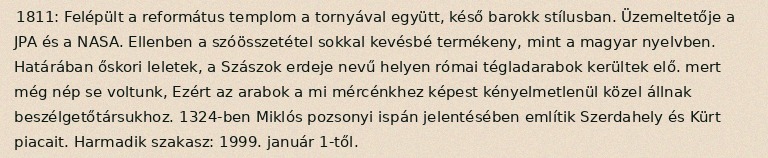
1811: Felépült a református templom a tornyával együtt, késő barokk stílusban. Üzemeltetője a JPA és a NASA. Ellenben a szóösszetétel sokkal kevésbé termékeny, mint a magyar nyelvben. Határában őskori leletek, a Szászok erdeje nevű helyen római tégladarabok kerültek elő. mert még nép se voltunk, Ezért az arabok a mi mércénkhez képest kényelmetlenül közel állnak beszélgetőtársukhoz. 1324-ben Miklós pozsonyi ispán jelentésében említik Szerdahely és Kürt piacait. Harmadik szakasz: 1999. január 1-től.